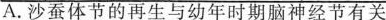
A.沙蚕体节的再生与幼年时期脑神经节有关